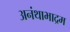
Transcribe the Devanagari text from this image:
अनंथाभाद्रम